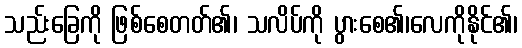
သည်းခြေကို ဖြစ်စေတတ်၏၊ သလိပ်ကို ပွားစေ၏၊လေကိုနိုင်၏၊